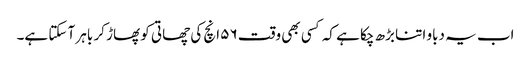
اب یہ دباو اتنا بڑھ چکا ہے کہ کسی بھی وقت ۵۶ انچ کی چھاتی کو پھاڑ کر باہر آ سکتا ہے۔